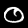
Label: 0